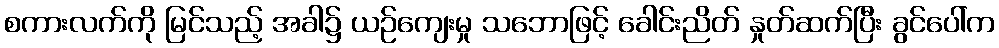
စကားလက်ကို မြင်သည့် အခါ၌ ယဉ်ကျေးမှု သဘောဖြင့် ခေါင်းညိတ် နှုတ်ဆက်ပြီး ခွင်ပေါ်က